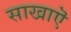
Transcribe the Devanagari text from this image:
साखाऎ